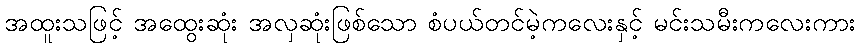
အထူးသဖြင့် အထွေးဆုံး အလှဆုံးဖြစ်သော စံပယ်တင်မဲ့ကလေးနှင့် မင်းသမီးကလေးကား